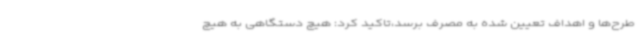
طرح‌ها و اهداف تعیین شده به مصرف برسد،تاکید کرد: هیچ دستگاهی به هیچ